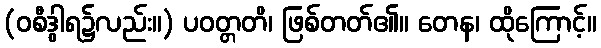
(ဝစီဒွါရ၌လည်း။) ပဝတ္တတိ၊ ဖြစ်တတ်၏။ တေန၊ ထိုကြောင့်။